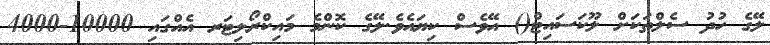
ލޭގެ ހުދު ސެލްތަކަށް ލޫކަސައިޓް() އޭވެސް ކިޔައެވެ.ލޭގެ ކޮންމެ މައިކްރޯލިޓަރ އެއްގައި 10000-4000